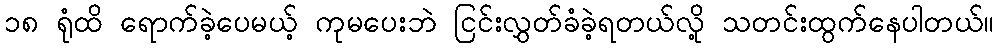
၁၈ ရုံထိ ရောက်ခဲ့ပေမယ့် ကုမပေးဘဲ ငြင်းလွှတ်ခံခဲ့ရတယ်လို့ သတင်းထွက်နေပါတယ်။